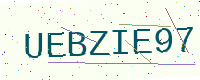
Text: UEBZIE97